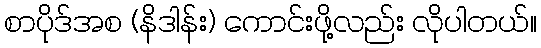
စာပိုဒ်အစ (နိဒါန်း) ကောင်းဖို့လည်း လိုပါတယ်။